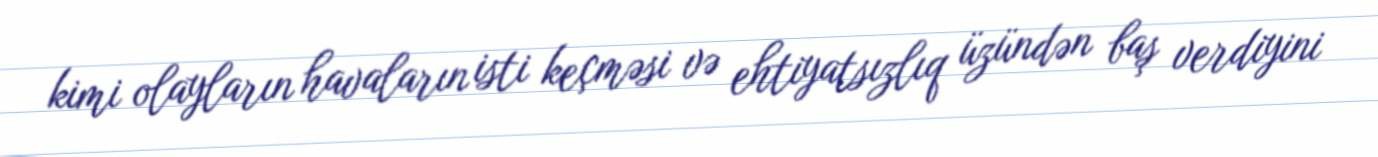
kimi olayların havaların isti keçməsi və ehtiyatsızlıq üzündən baş verdiyini